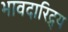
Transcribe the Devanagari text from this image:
भावदारिद्र्य